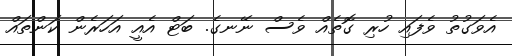
އެވަގުތު ވެފައި ހުރި ގޮތެއް ވެސް ނޭނގެ. ބަޓް އެއީ އަހަރެން ކަންތައް